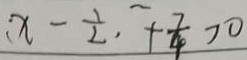
: x - \frac { 1 } { 2 } , + \frac { 7 } { 4 } > 0